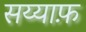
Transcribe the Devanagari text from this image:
सय्याफ़